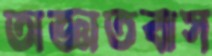
অজ্ঞাতবাস